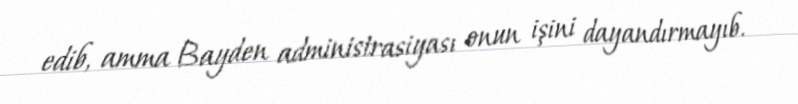
edib, amma Bayden administrasiyası onun işini dayandırmayıb.